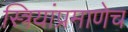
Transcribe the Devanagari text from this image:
स्त्रियांप्रमाणेच